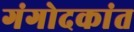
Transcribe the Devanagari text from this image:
गंगोदकांत